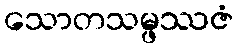
သောတသမ္ဖဿဇံ